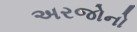
અરજોનો